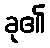
ခု၏